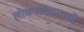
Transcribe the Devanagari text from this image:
लोकसंख्यामध्ये